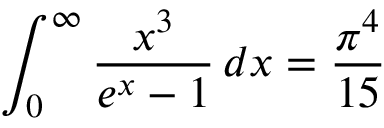
\int _ { 0 } ^ { \infty } { \frac { x ^ { 3 } } { e ^ { x } - 1 } } \, d x = { \frac { \pi ^ { 4 } } { 1 5 } }